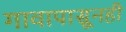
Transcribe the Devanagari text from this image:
गावापासूनही